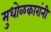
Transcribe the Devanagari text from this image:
मुधोळकारांनी